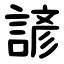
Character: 諺